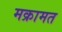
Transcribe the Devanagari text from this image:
मक्रामत